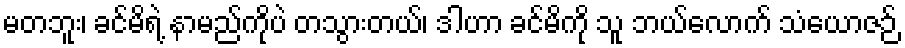
မတဘူး၊ ခင်မိရဲ့ နာမည်ကိုပဲ တသွားတယ်၊ ဒါဟာ ခင်မိကို သူ ဘယ်လောက် သံယောဇဉ်